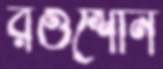
রওশোন